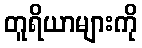
တူရိယာများကို